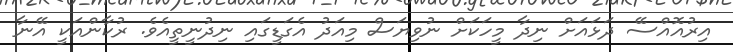
އިރުއޮއްސޭ ދަޅައަށް ނިދާ މީހަކަށް ނުވިޔަސް މިއަދު އެގަޑީގައި ނިދުނީތީއެވެ. ރުކާންއަކީ އޭނާ